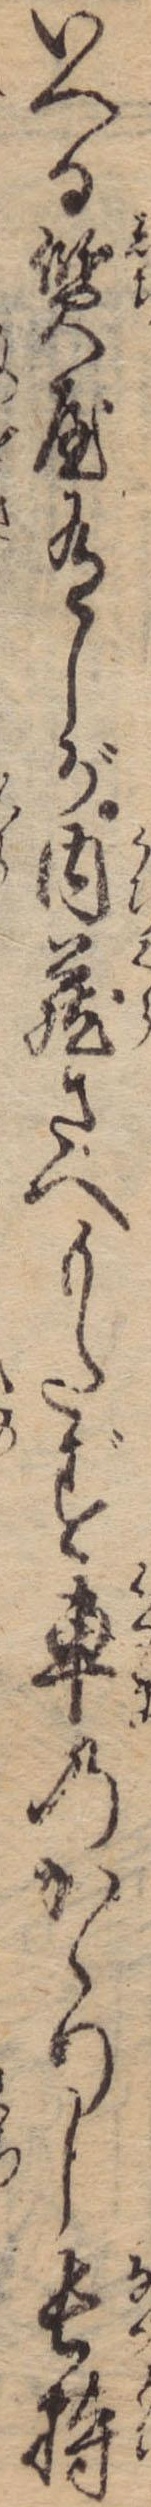
いへる質屋有しが内蔵さへもたず車のかゝりし長持